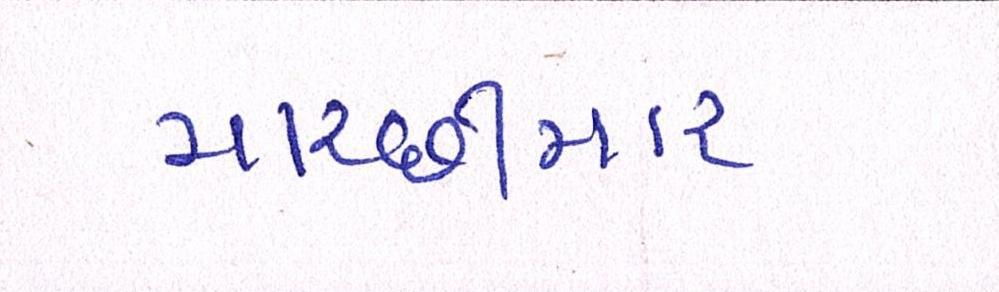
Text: માચ્છીમાર